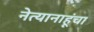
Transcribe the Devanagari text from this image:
नेत्यानाहूंचा